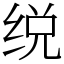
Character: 䌼